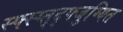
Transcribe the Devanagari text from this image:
स्फ्स्ग्त्द्फ्जुग्यित